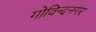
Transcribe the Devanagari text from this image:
गोविन्‍दनगर